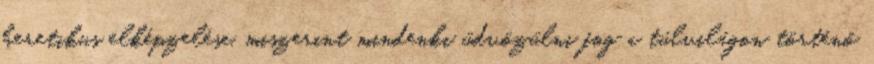
heretikus elképzelése, miszerint mindenki üdvözülni fog a túlvilágon történő